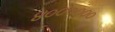
૪૦૦૦૦૦૦